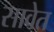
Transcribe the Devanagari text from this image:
सावेत